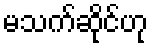
မသက်ဆိုင်ဟု